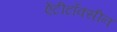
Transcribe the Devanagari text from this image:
ऐंटीटॉक्सीन